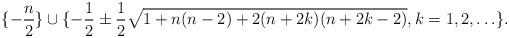
LaTeX: \begin{align*}\{-\frac{n}{2}\}\cup\{-\frac{1}{2}\pm\frac{1}{2}\sqrt{1+n(n-2)+2(n+2k)(n+2k-2)},k=1,2,\ldots\}.\end{align*}